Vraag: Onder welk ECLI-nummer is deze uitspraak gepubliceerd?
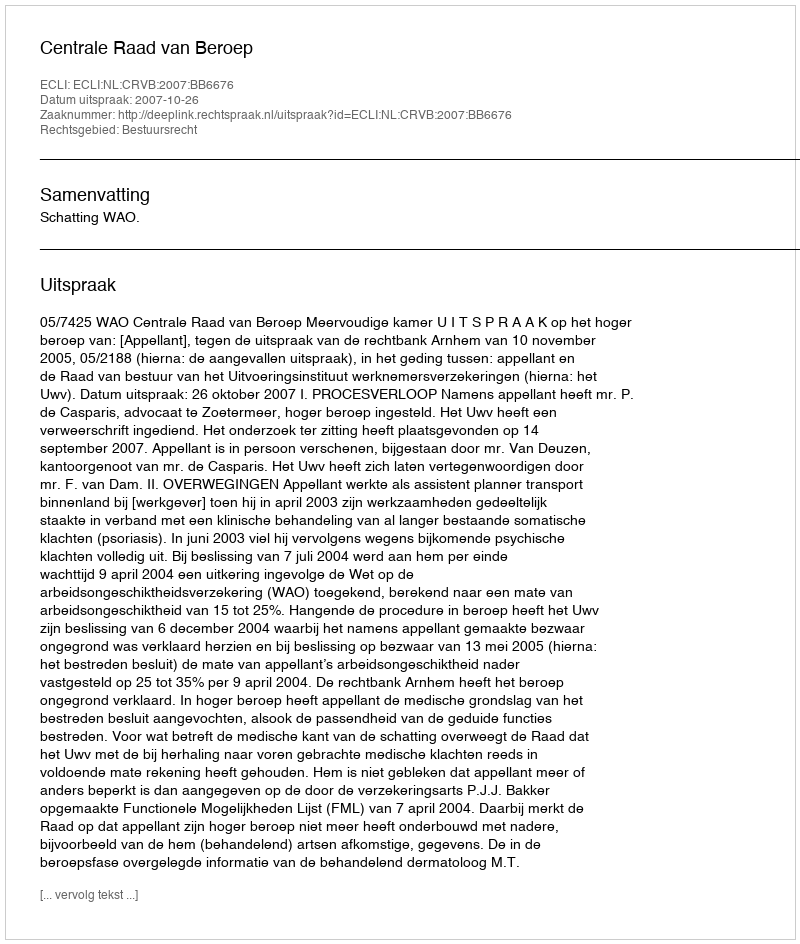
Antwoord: ECLI:NL:CRVB:2007:BB6676